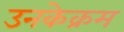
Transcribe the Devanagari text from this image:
उनकेक्रम